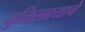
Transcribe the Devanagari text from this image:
मुक्तिलढयाचे